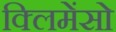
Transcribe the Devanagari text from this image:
क्लिमेंसो